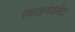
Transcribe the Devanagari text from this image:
एकाइनोडर्मेटा